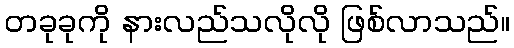
တခုခုကို နားလည်သလိုလို ဖြစ်လာသည်။